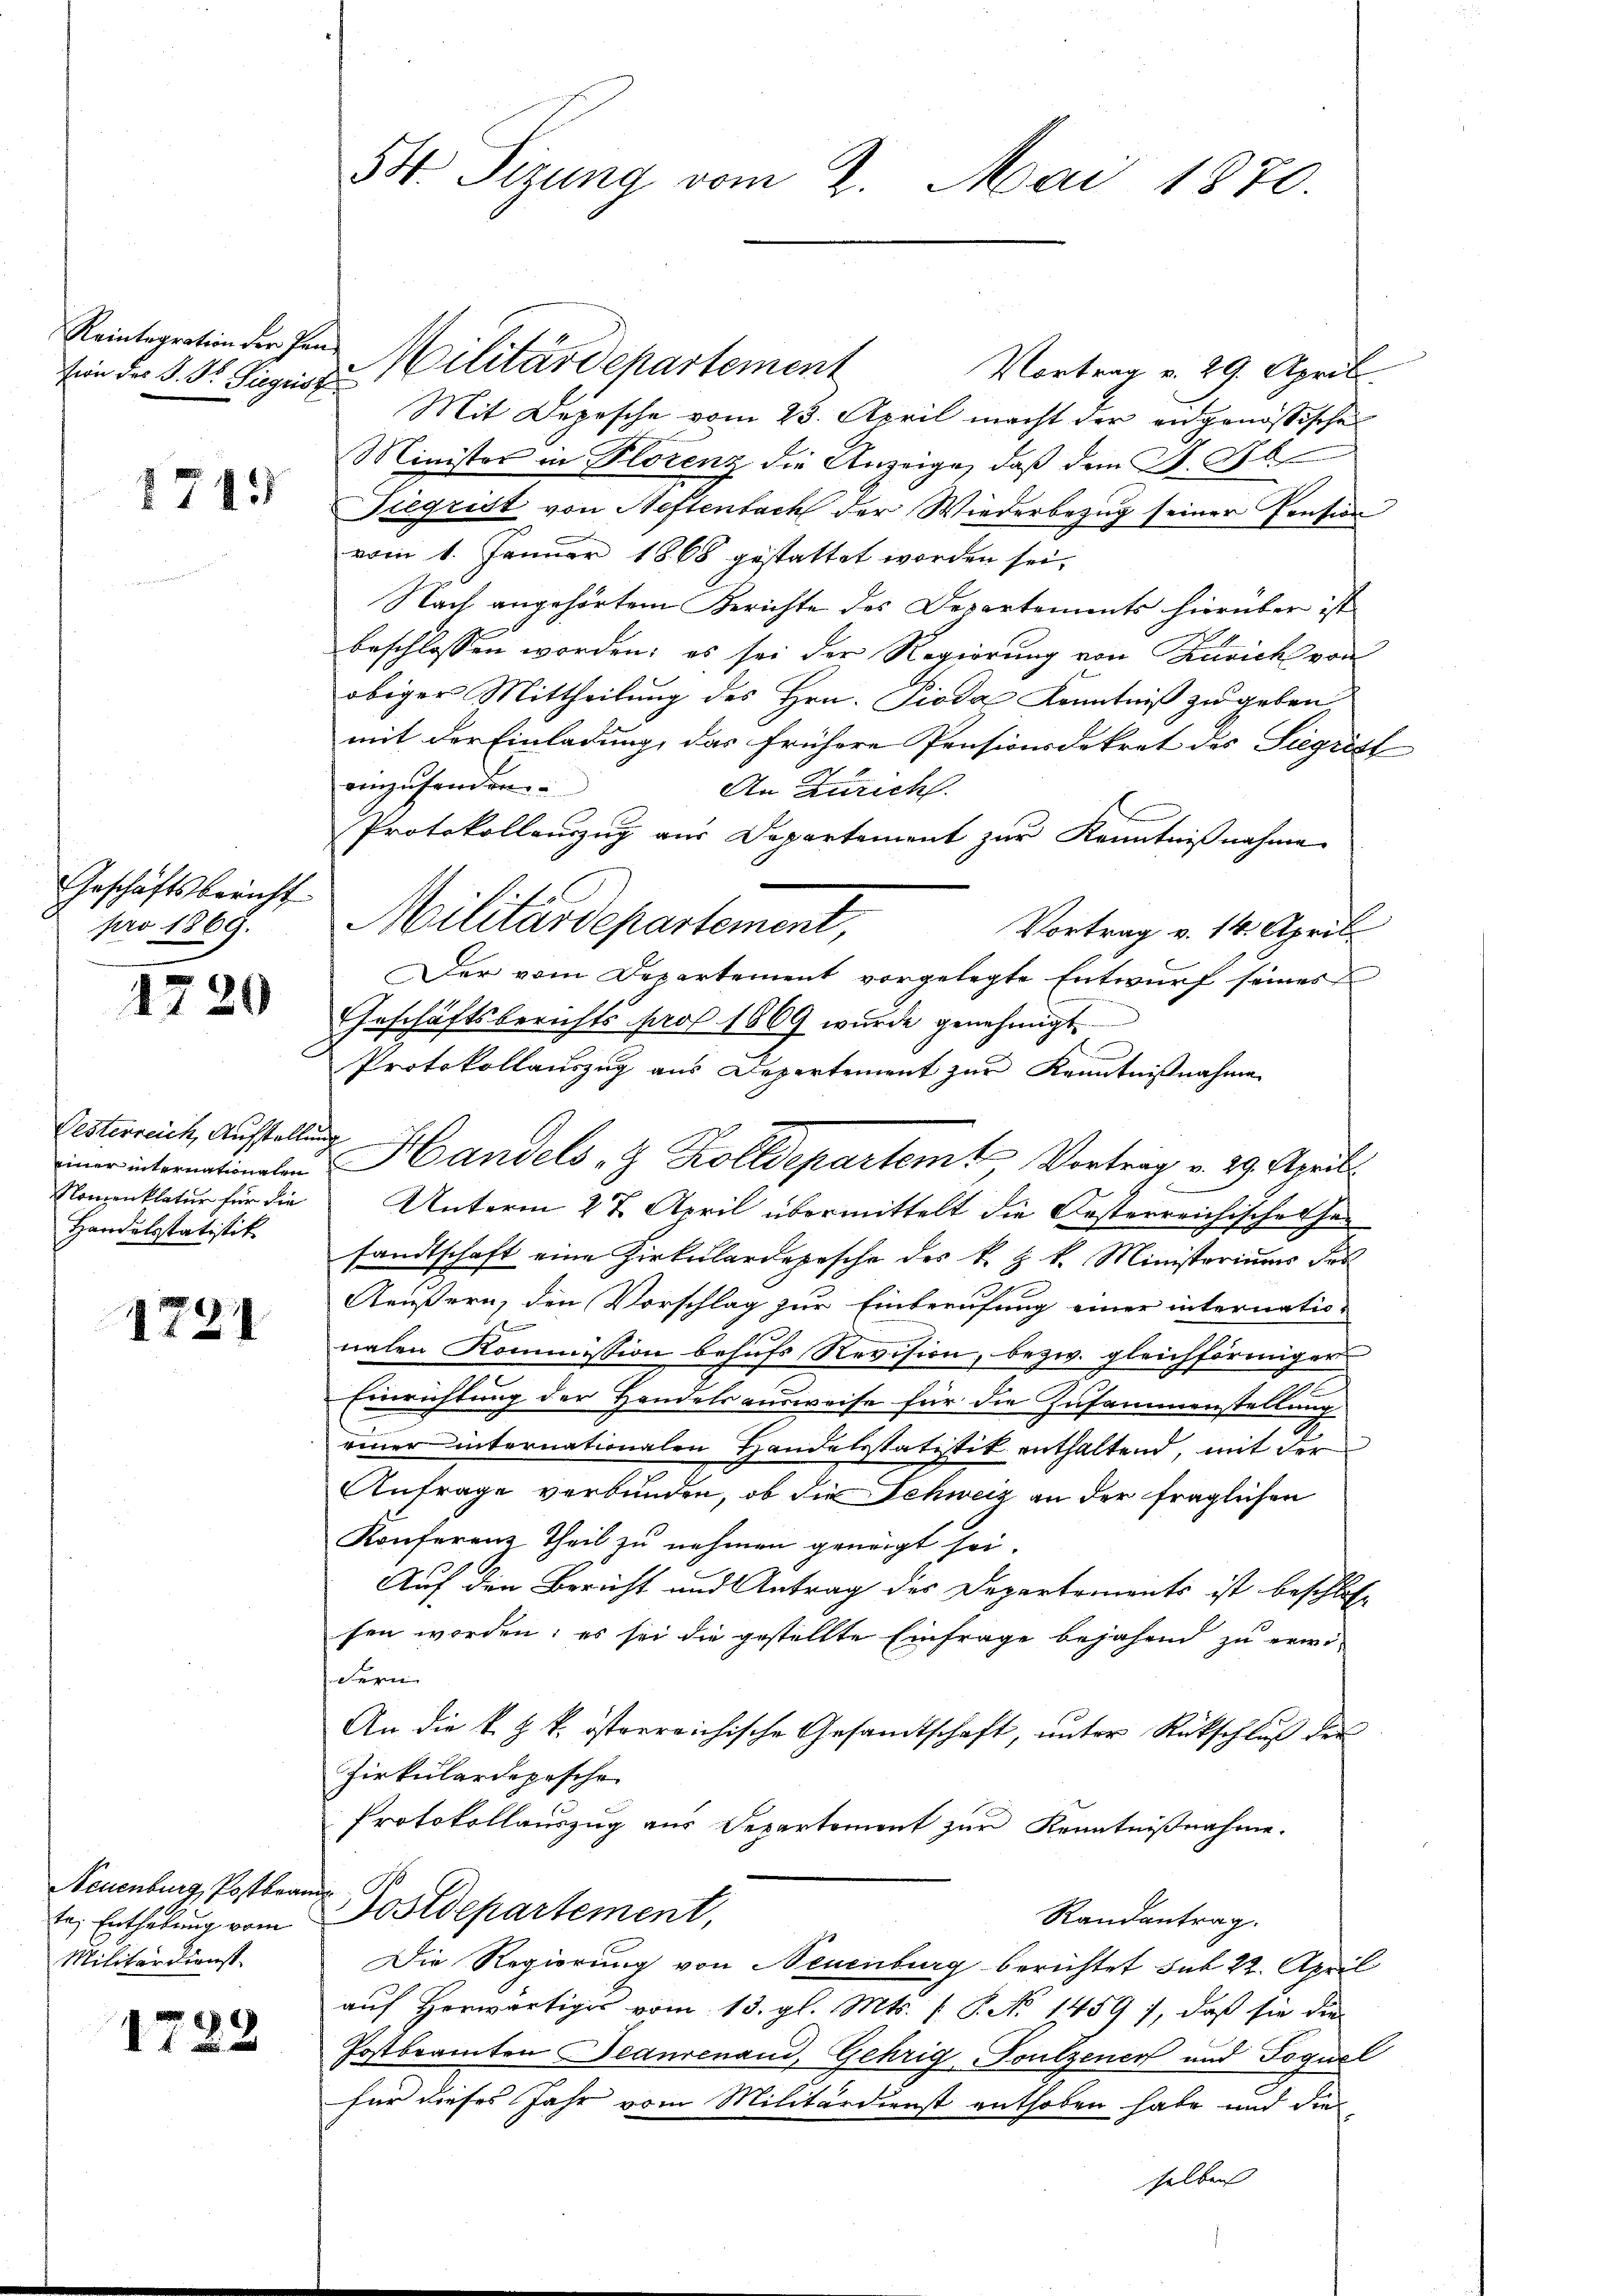
Reintegration der Pan¬

1715

Geschäftsbericht
pro 1869.

1720

Oesterreich, Aufstellung
Handelsstatistik

1731

Neuenburg, Postbrann
te, Enthebung vom
Militärdienst.

1723

54. Sizung vom 2. Mai 1870.

Vortrag v. 29. April.
Mit Depesche vom 23. April macht der eidgenössische
Minister in Florenz die Anzeige, daß dem P. Ob
Tiegrist von Neftenbach der Wiederbezug seiner Pension
vom 1. Januar 1868 gestattet worden sei,
Nach angehörtem Berichte des Departements hierüber ist
beschlossen worden; es sei der Regierung von Zusich von
obiger Mittheilung des Hrn. Pioda Kenntniß zu geben
mit der Einladung, das frühere Pensionsdekret des Siegrist
einzusenden.
An Züricht.
Protokollenzug aus Departement zur Kenntnißnahme
Militärdepartement,
Vortrag v. 14. April
Der vom Departement vorgelegte Entwurf seines
Geschäftsberichts pro 1869 wurde genehmigt
Protokollauszug aus Departement zur Kenntnißnahme
Nomenklatur für die Unterm 27. April übermittelt die Oesterreichische her
sandtschaft eine Zirkulardepesche des k. k. k. Ministeriums das
Aeußern, den Vorschlag zur Einberufung einer internatio-

nalen Kommission behufs Revision, bezw. gleichförmiger
Einrichtung der Handels ausweise für die Zusammenstellung
einer internationalen Handelsstatistik enthaltend, mit der
Anfrage verbunden, ob die Schweiz an der fraglichen
Konferenz Theil zu nehmen geneigt sei.
Auf den Bericht und Antrag des Departements ist beschloss
sen worden; es sei die gestellte Einfrage bejahend zu erwi¬
Serie |
An die k. k. k. österreichische Gesandtschaft, ŭnter Rückschlŭβ der
Zirkulardepesche
Protokollauszug aus Departement zur Kenntnißnahme.
Postdepartement,
Randantrag.
Die Regierung von Neuenburg berichtet hat 22. April
auf Horwärtiges vom 13. gl. Mts. (T. No 1459), daß sie die
Postbrannten Beaurenaud, Gehrig Foulzener und Foguel
für dieses Jahr vom Militärdienst enthoben habe und die
selben

sin der §. 3. Siegeiste Militärdepartement

iner internationalen Handels & Zolldepartem Vortrag v. 29. April